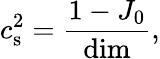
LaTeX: c_{\mathrm{s}}^{2}=\frac{1-J_{0}}{\mathrm{dim}},